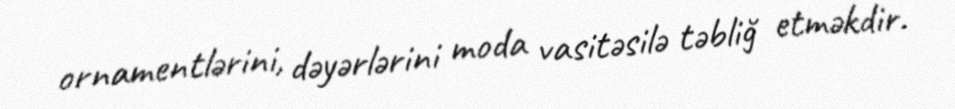
ornamentlərini, dəyərlərini moda vasitəsilə təbliğ etməkdir.